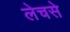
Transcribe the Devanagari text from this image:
लेचसे